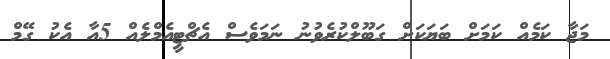
މަޖާ ކަމެއް ކަމަށް ބަޔަކަށް ގަބޫލްކުރެވުނު ނަމަވެސް އެޗްޓީއެމްލެއް 5އާ އެކު ގޭމް